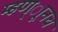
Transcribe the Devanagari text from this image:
म्हण्ाूनच